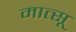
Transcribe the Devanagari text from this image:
मात्सू